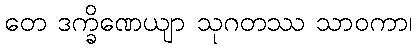
တေ ဒက္ခိဏေယျာ သုဂတဿ သာဝကာ၊